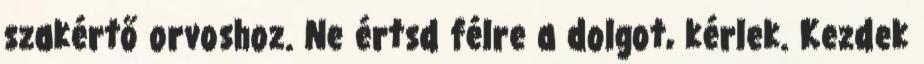
szakértő orvoshoz. Ne értsd félre a dolgot, kérlek. Kezdek